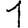
Digit: 1